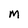
Character: M